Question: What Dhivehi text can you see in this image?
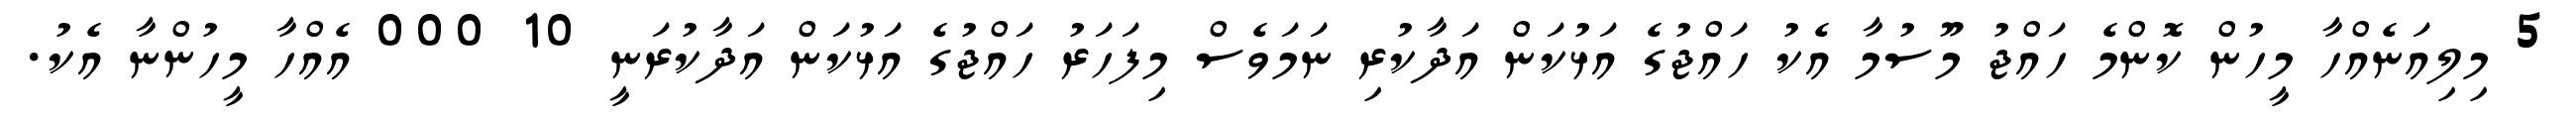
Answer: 5 މިލިއަނެއްހާ މީހުން ކޮންމެ ހައްޖު މޫސުމާ އެކު ހައްޖުގެ އަޅުކަން އަދާކުރި ނަމަވެސް މިފަހަރު ހައްޖުގެ އަޅުކަން އަދާކުރަނީ 10 000 އެއްހާ މީހުންނާ އެކު.